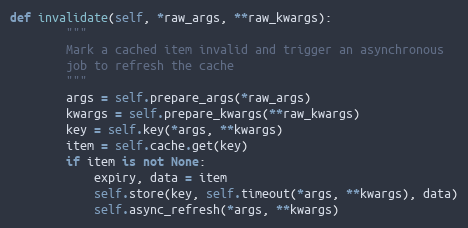
Language: Python
def invalidate(self, *raw_args, **raw_kwargs):
        """
        Mark a cached item invalid and trigger an asynchronous
        job to refresh the cache
        """
        args = self.prepare_args(*raw_args)
        kwargs = self.prepare_kwargs(**raw_kwargs)
        key = self.key(*args, **kwargs)
        item = self.cache.get(key)
        if item is not None:
            expiry, data = item
            self.store(key, self.timeout(*args, **kwargs), data)
            self.async_refresh(*args, **kwargs)